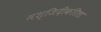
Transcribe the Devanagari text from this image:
मश्जिदीकरिता